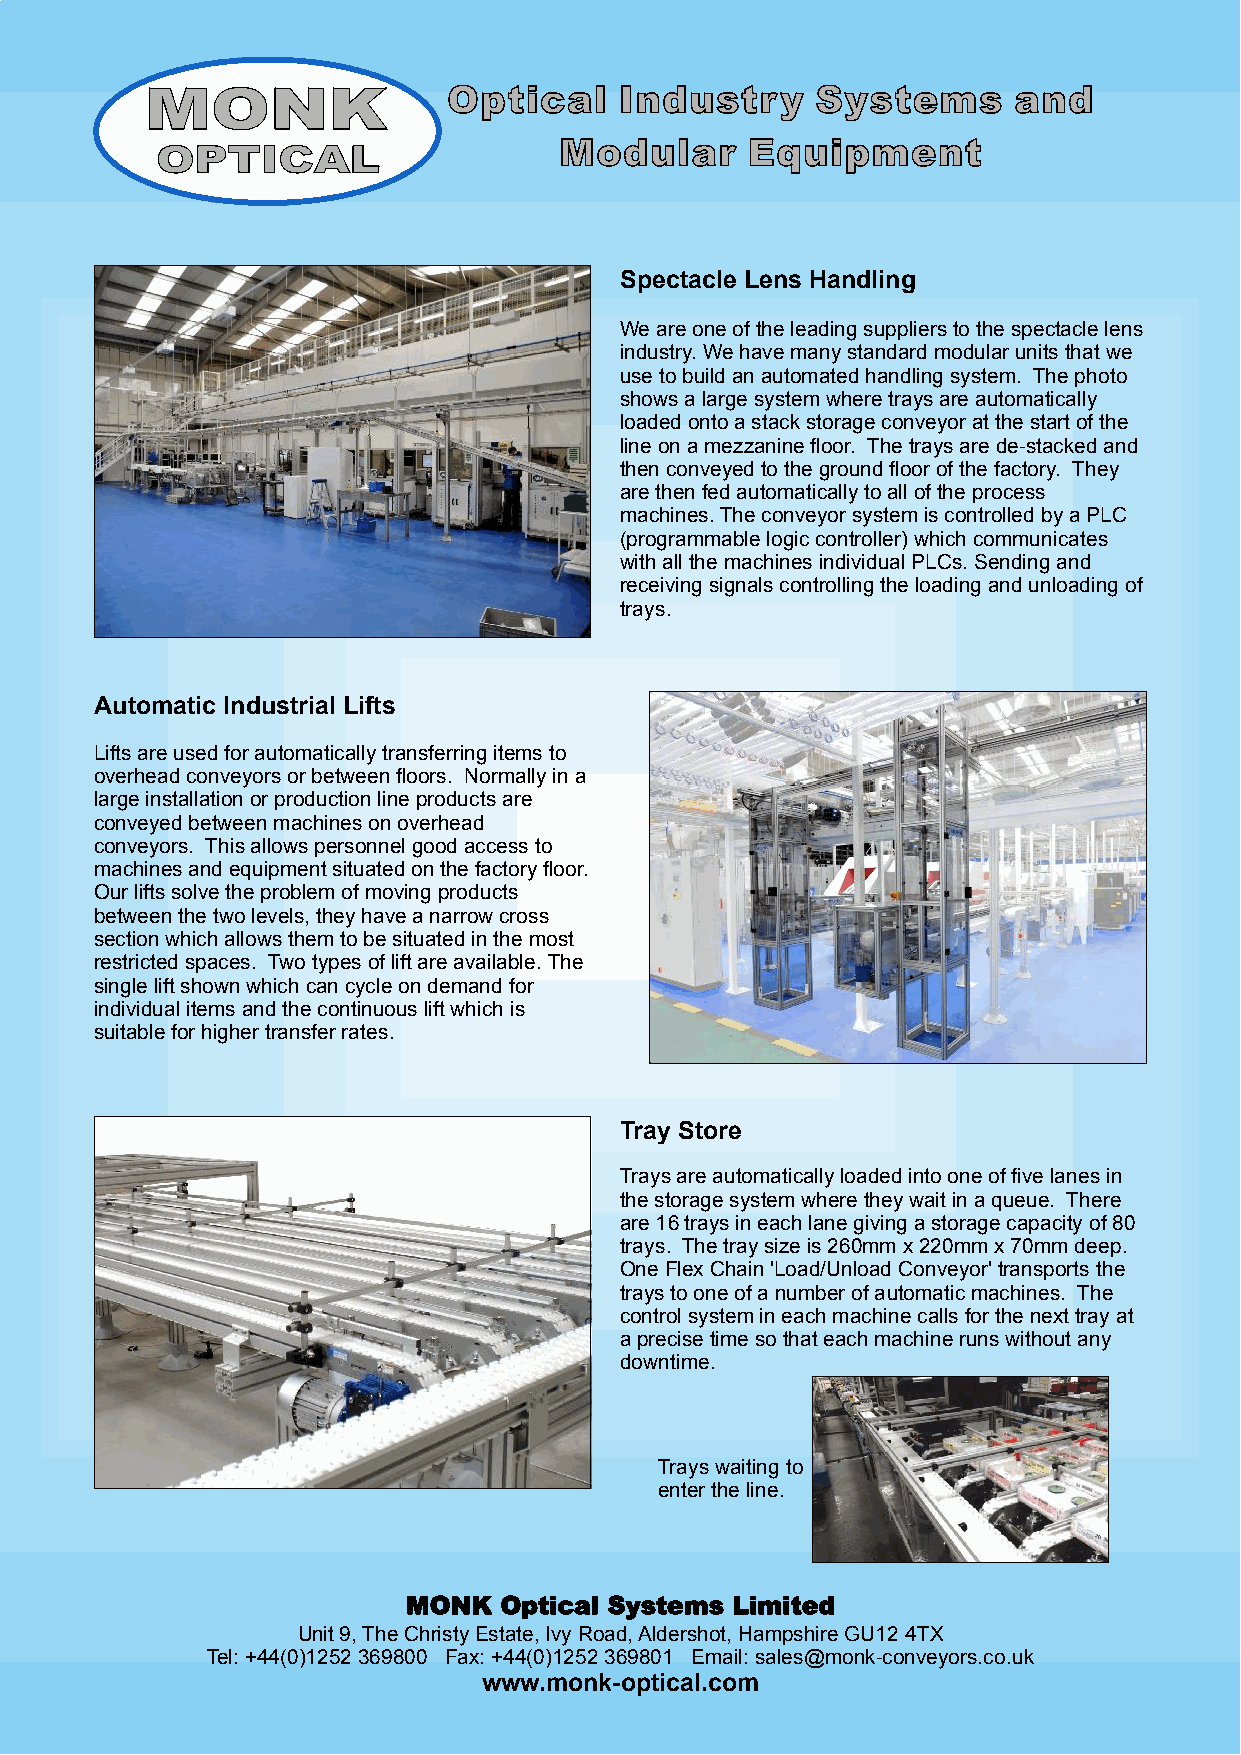
Spectacle Lens Handling
 We are one of the leading suppliers to the spectacle lens
 industry. We have many standard modular units that we
 use to build an automated handling system. The photo
 shows a large system where trays are automatically
 loaded onto a stack storage conveyor at the start of the
 line on a mezzanine floor. The trays are de-stacked and
 then conveyed to the ground floor of the factory. They
 are then fed automatically to all of the process
 machines. The conveyor system is controlled by a PLC
 (programmable logic controller) which communicates
 with all the machines individual PLCs. Sending and
 receiving signals controlling the loading and unloading of
 trays.
 Automatic Industrial Lifts
 Lifts are used for automatically transferring items to
 overhead conveyors or between floors. Normally in a
 large installation or production line products are
 conveyed between machines on overhead
 conveyors. This allows personnel good access to
 machines and equipment situated on the factory floor.
 Our lifts solve the problem of moving products
 between the two levels, they have a narrow cross
 section which allows them to be situated in the most
 restricted spaces. Two types of lift are available. The
 single lift shown which can cycle on demand for
 individual items and the continuous lift which is
 suitable for higher transfer rates.
 Tray Store
 Trays are automatically loaded into one of five lanes in
 the storage system where they wait in a queue. There
 are 16 trays in each lane giving a storage capacity of80
 trays. The tray size is 260mm x 220mm x 70mm deep.
 One Flex Chain 'Load/Unload Conveyor'transports the
 trays to one of a number of automatic machines. The
 control system in each machine calls for the next tray at
 a precise time so that each machine runs without any
 downtime.
 Trays waiting to
 enter the line.
 MONK  Optical Systems Limited
 Unit 9, The Christy Estate, Ivy Road, Aldershot, Hampshire GU12 4TX
 Tel: +44(0)1252 369800 Fax: +44(0)1252 369801 Email: sales@monk-conveyors.co.uk
 www.monk-optical.com